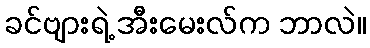
ခင်ဗျားရဲ့ အီးမေးလ်က ဘာလဲ။